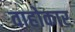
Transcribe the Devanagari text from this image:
वाहोकार